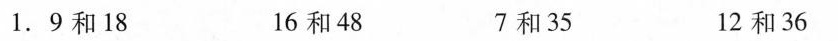
1.9和18 16和48 7和35 12和36